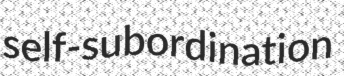
self-subordination